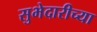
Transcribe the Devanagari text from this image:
सुभेदारीच्या